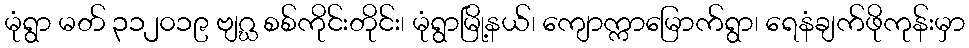
မုံရွာ မတ် ၃၁၂၀၁၉ ဗျဂ္ဃ စစ်ကိုင်းတိုင်း၊ မုံရွာမြို့နယ်၊ ကျောက္ကာမြောက်ရွာ၊ ရေနံချက်ဖိုကုန်းမှာ